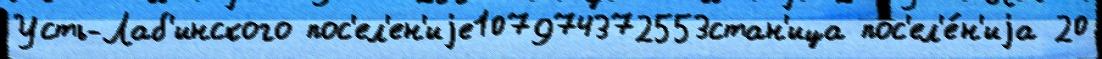
Усть-Лаб'инского пос'ел'ен'иjе107974372553стан'ица пос'ел'е́н'иjа 20